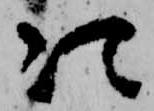
次